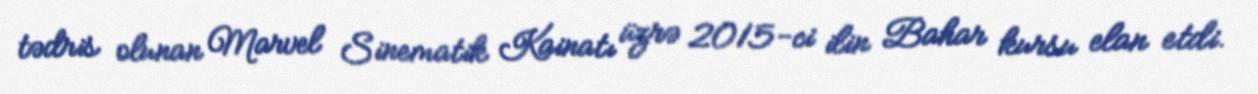
tədris olunan Marvel Sinematik Kainatı üzrə 2015-ci ilin Bahar kursu elan etdi.